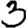
Digit: 3